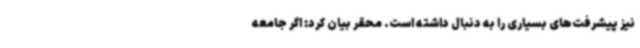
نیز پیشرفت‌های بسیاری را به دنبال داشته است. محقر بیان کرد: اگر جامعه